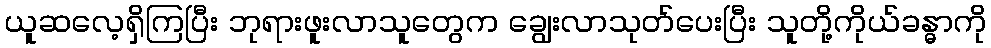
ယူဆလေ့ရှိကြပြီး ဘုရားဖူးလာသူတွေက ချွေးလာသုတ်ပေးပြီး သူတို့ကိုယ်ခန္ဓာကို